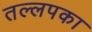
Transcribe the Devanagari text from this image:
तल्लपका